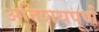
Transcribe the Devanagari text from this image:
अतिशयपूर्ण